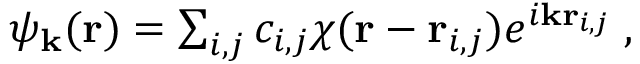
\begin{array} { r } { \psi _ { \mathbf { k } } ( \mathbf { r } ) = \sum _ { i , j } c _ { i , j } \chi ( \mathbf { r } - \mathbf { r } _ { i , j } ) e ^ { i \mathbf { k } \mathbf { r } _ { i , j } } \; , } \end{array}